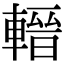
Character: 𨍬